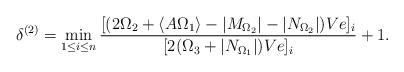
LaTeX: \begin{gather*}\delta^{(2)} = \min_{1\leq i \leq n} \frac{[(2\Omega_2+\langle A\Omega_1 \rangle - \vert M_{\Omega_2} \vert - \vert N_{\Omega_2}\vert)Ve]_i}{[2(\Omega_3 + \vert N_{\Omega_1} \vert)Ve]_i}+1.\end{gather*}